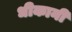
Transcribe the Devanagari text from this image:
धीकानी